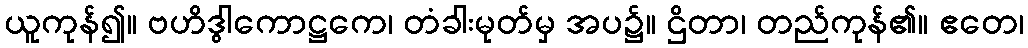
ယူကုန်၍။ ဗဟိဒွါကောဋ္ဌကေ၊ တံခါးမုတ်မှ အပ၌။ ဌိတာ၊ တည်ကုန်၏။ ဧတေ၊